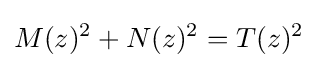
M(z)^{2}+N(z)^{2}=T(z)^{2}